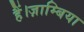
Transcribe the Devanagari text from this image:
हैं।ज़ाम्बिया